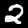
Label: 2